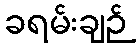
ခရမ်းချဉ်